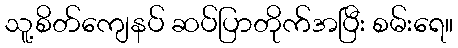
သူ့စိတ်ကျေနပ် ဆပ်ပြာတိုက်အပြီး စမ်းရေ။